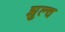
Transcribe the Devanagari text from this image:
झुल्च